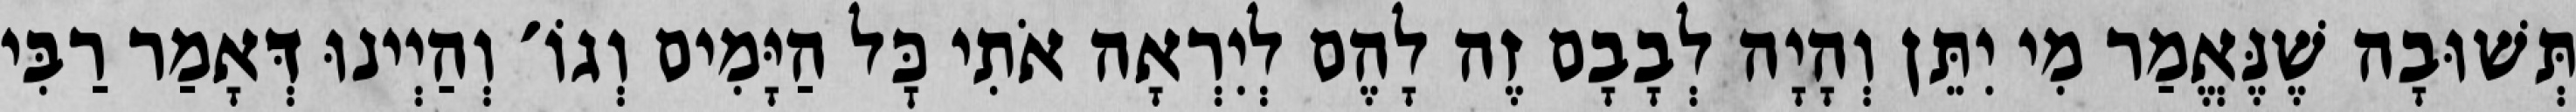
תְּשׁוּבָה שֶׁנֶּאֱמַר מִי יִתֵּן וְהָיָה לְבָבָם זֶה לָהֶם לְיִרְאָה אֹתִי כׇּל הַיָּמִים וְגוֹ׳ וְהַיְינוּ דְּאָמַר רַבִּי